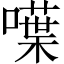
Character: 𠿚